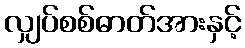
လျှပ်စစ်ဓာတ်အားနှင့်